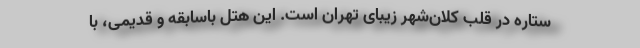
ستاره در قلب کلان‌شهر زیبای تهران است. این هتل باسابقه و قدیمی، با